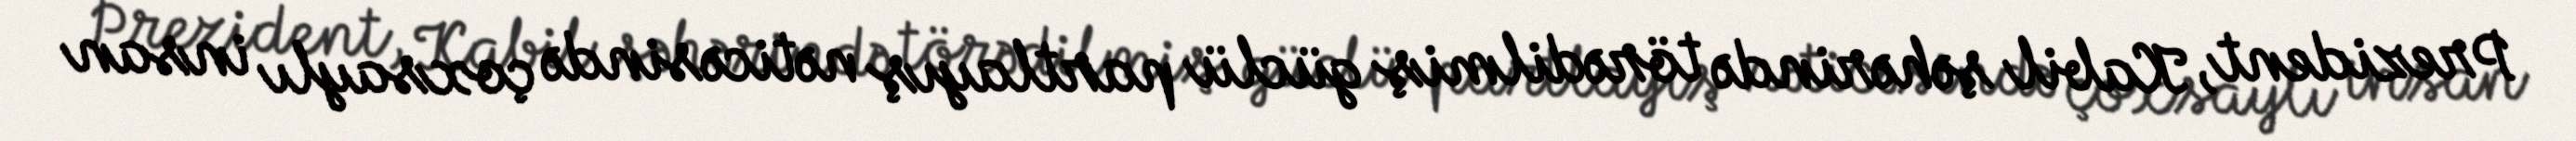
Prezident, Kabil şəhərində törədilmiş güclü partlayış nəticəsində çoxsaylı insan